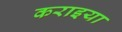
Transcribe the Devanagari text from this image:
कराइया